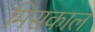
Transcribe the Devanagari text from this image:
मिसकाल